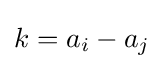
k=a_{i}-a_{j}